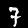
Digit: 7